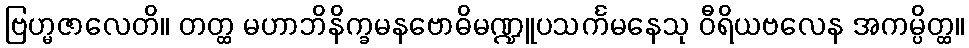
ဗြဟ္မဇာလေတိ။ တတ္ထ မဟာဘိနိက္ခမနဗောဓိမဏ္ဍူပသင်္ကမနေသု ဝီရိယဗလေန အကမ္ပိတ္ထ။